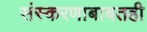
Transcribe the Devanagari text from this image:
संस्करणाबाबतही